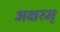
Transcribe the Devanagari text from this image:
अक्षरम्